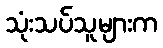
သုံးသပ်သူများက